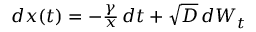
\begin{array} { r } { d x ( t ) = - \frac { \gamma } { x } \, d t + \sqrt { D } \, d W _ { t } } \end{array}